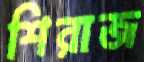
শিরাজ